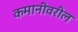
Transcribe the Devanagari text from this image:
कमानीवरील